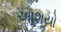
આશયો